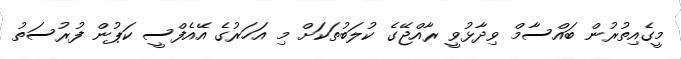
މީގެއިތުރުން ބައްސާމް ވިދާޅުވީ ރާއްޖޭގެ ކުލަބުތަކަށް މި އަހަރުގެ އޭއެފްސީ ކަޕުން ފުރުސަތު